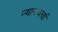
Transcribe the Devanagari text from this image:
न्यायचर्चा